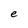
Character: e